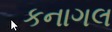
કનાગલ